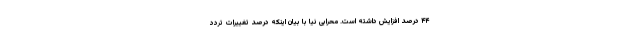
۴۴ درصد افزایش داشته است. محرابی نیا با بیان اینکه درصد تغییرات تردد